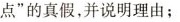
点”的真假，并说明理由；